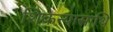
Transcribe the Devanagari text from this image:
शिकन्यासाथि